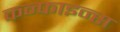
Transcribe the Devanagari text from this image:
कन्फाइन्स